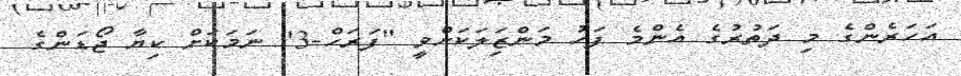
އަހަރެންގެ މި ދަތުރުގެ އެންމެ ފަހު މަންޒިަލަކަށްވީ "ފަރަހް-3" ނަމަކަށް ކިޔާ ޖޯޑަންގެ